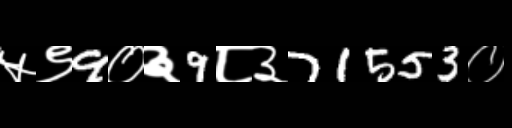
Text: ५९9०३9८३71553०